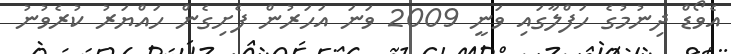
އެވޯޑް ދިނުމުގެ ހަފްލާގައި ވަނީ 2009 ވަނަ އަހަރުން ފެށިގެން ހައްޔަރު ކުރެވުނު